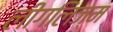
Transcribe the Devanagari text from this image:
लीगलिज्म